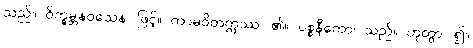
သည်။ ဝိက္ခမ္ဘနဝသေန၊ ဖြင့်။ ကာမဝိတက္ကဿ၊ ၏။ ပစ္စနီကော၊ သည်။ ဟုတွာ၊ ၍။